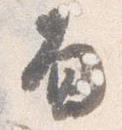
面